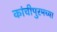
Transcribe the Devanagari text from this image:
कांचीपुरमच्या